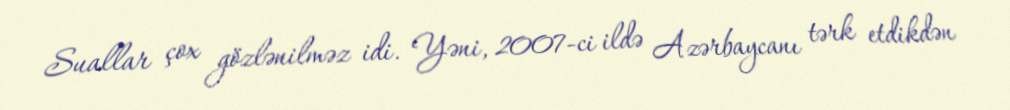
Suallar çox gözlənilməz idi. Yəni, 2007-ci ildə Azərbaycanı tərk etdikdən